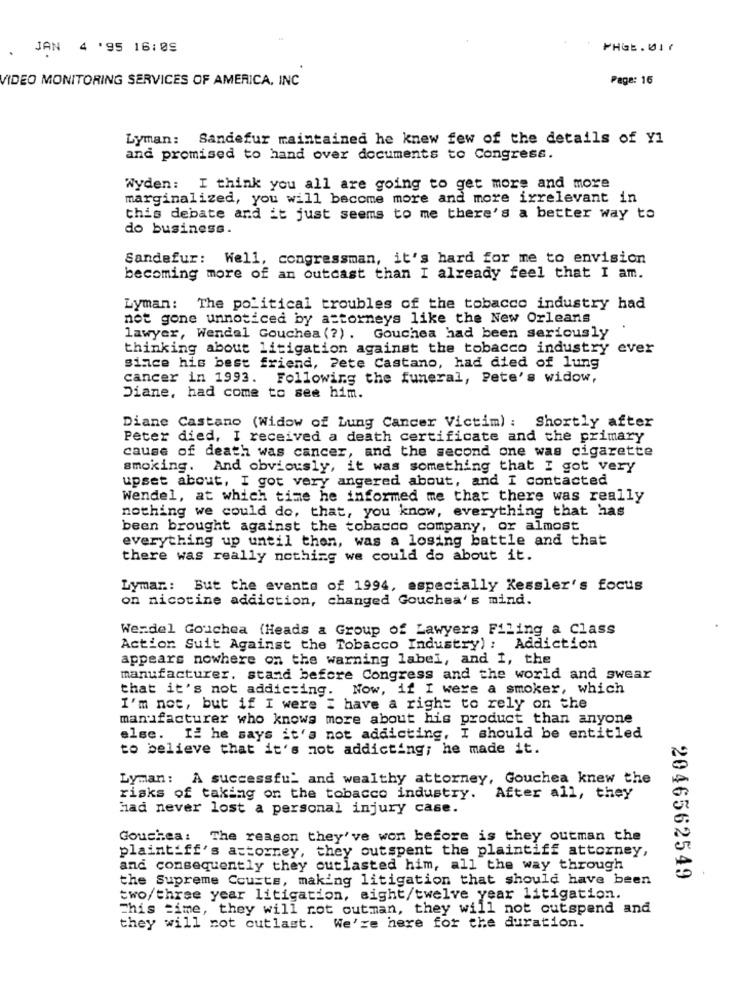
JAN 4 '95 16:09
PHGE . 01 f
VIDEO MONITORING SERVICES OF AMERICA, INC
Page: 16
Lyman: Sandefur maintained he knew few of the details of Y1
and promised to hand over documents to Congress.
Wyden: I think you all are going to get more and more
marginalized, you will become more and more irrelevant in
this debate and it just seems to me there's a better way to
do business.
Sandefur: Well, congressman, it's hard for me to envision
becoming more of an outcast than I already feel that I am.
Lyman: The political troubles of the tobacco industry had
not gone unnoticed by attorneys like the New Orleans
lawyer, Wendal Gouchea (?). Gouchea had been seriously
thinking about litigation against the tobacco industry ever
since his best friend, Pete Castano, had died of lung
cancer in 1993. Following the funeral, Pete's widow,
Diane, had come to see him.
Diane Castano (Widow of Lung Cancer Victim) : Shortly after
Peter died, I received a death certificate and the primary
cause of death was cancer, and the second one was cigarette
smoking. And obviously, it was something that I got very
upset about, I got very angered about, and I contacted
Wendel, at which time he informed me that there was really
nothing we could do, that, you know, everything that has
been brought against the tobacco company, or almost
everything up until then, was a losing battle and that
there was really nothing we could do about it.
Lymar .: But the events of 1994, especially Kessler's focus
on nicotine addiction, changed Gouchea's mind.
Werdel Gouchea (Heads a Group of Lawyers Filing a Class
Action Suit Against the Tobacco Industry): Addiction
appears nowhere on the warning label, and I, the
manufacturer. stand before Congress and the world and swear
that it's not addicting. Now, if I were a smoker, which
I'm not, but if I were I have a right to rely on the
manufacturer who knows more about his product than anyone
else. Ii he says it's not addicting, I should be entitled
to believe that it's not addicting; he made it.
Lyman: A successful and wealthy attorney, Gouchea knew the
risks of taking on the tobacco industry. After all, they
had never lost a personal injury case.
Couchea :
The reason they've won before is they outman the
plaintiff's attorney, they outspent the plaintiff attorney,
and consequently they outlasted him, all the way through
the Supreme Courts, making litigation that should have been
2046562549
two/three year litigation, sight/twelve year litigation.
This time, they will not outman, they will not outspend and
they will not cutlast. We're here for the duration.